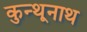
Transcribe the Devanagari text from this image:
कुन्थूनाथ